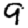
Digit: 9